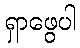
ရှာဖွေပါ